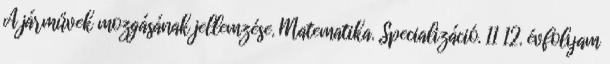
A járművek mozgásának jellemzése. Matematika. Specializáció. 11 12. évfolyam